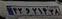
۴۲و۲۱۴۲۸